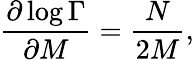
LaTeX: \frac{\partial\log{\Gamma}}{\partial M}=\frac{N}{2M},